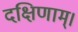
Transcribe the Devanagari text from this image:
दक्षिणाम्‌।